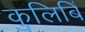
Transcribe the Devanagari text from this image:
कुलिबिं